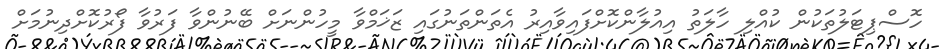
ހޮސްޕިޓަލުތަކުން ކުއްލި ހާލަތު އިއުލާންކޮށްފައިވާއިރު އެތަންތަނުގައި ޒަޚަމްވާ މީހުންނަށް ބޭނުންވާ ފަރުވާ ފޯރުކޮށްދިނުމަށް